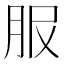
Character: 𦙹